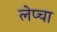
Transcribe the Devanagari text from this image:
लेप्‍चा